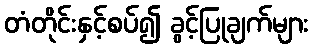
တံတိုင်းနှင့်စပ်၍ ခွင့်ပြုချက်များ